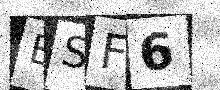
Text: BSF6